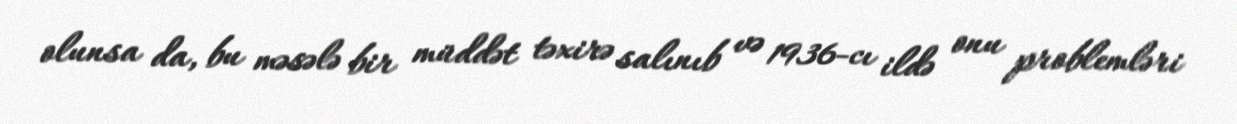
olunsa da, bu məsələ bir müddət təxirə salınıb və 1936-cı ildə onu problemləri